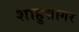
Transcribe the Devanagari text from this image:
शाहुसागर